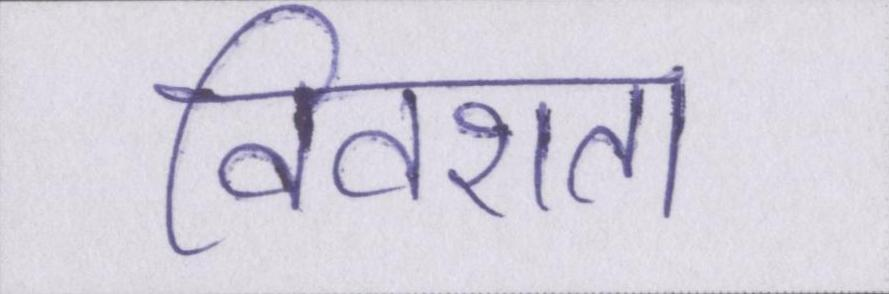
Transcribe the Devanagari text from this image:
विवशता